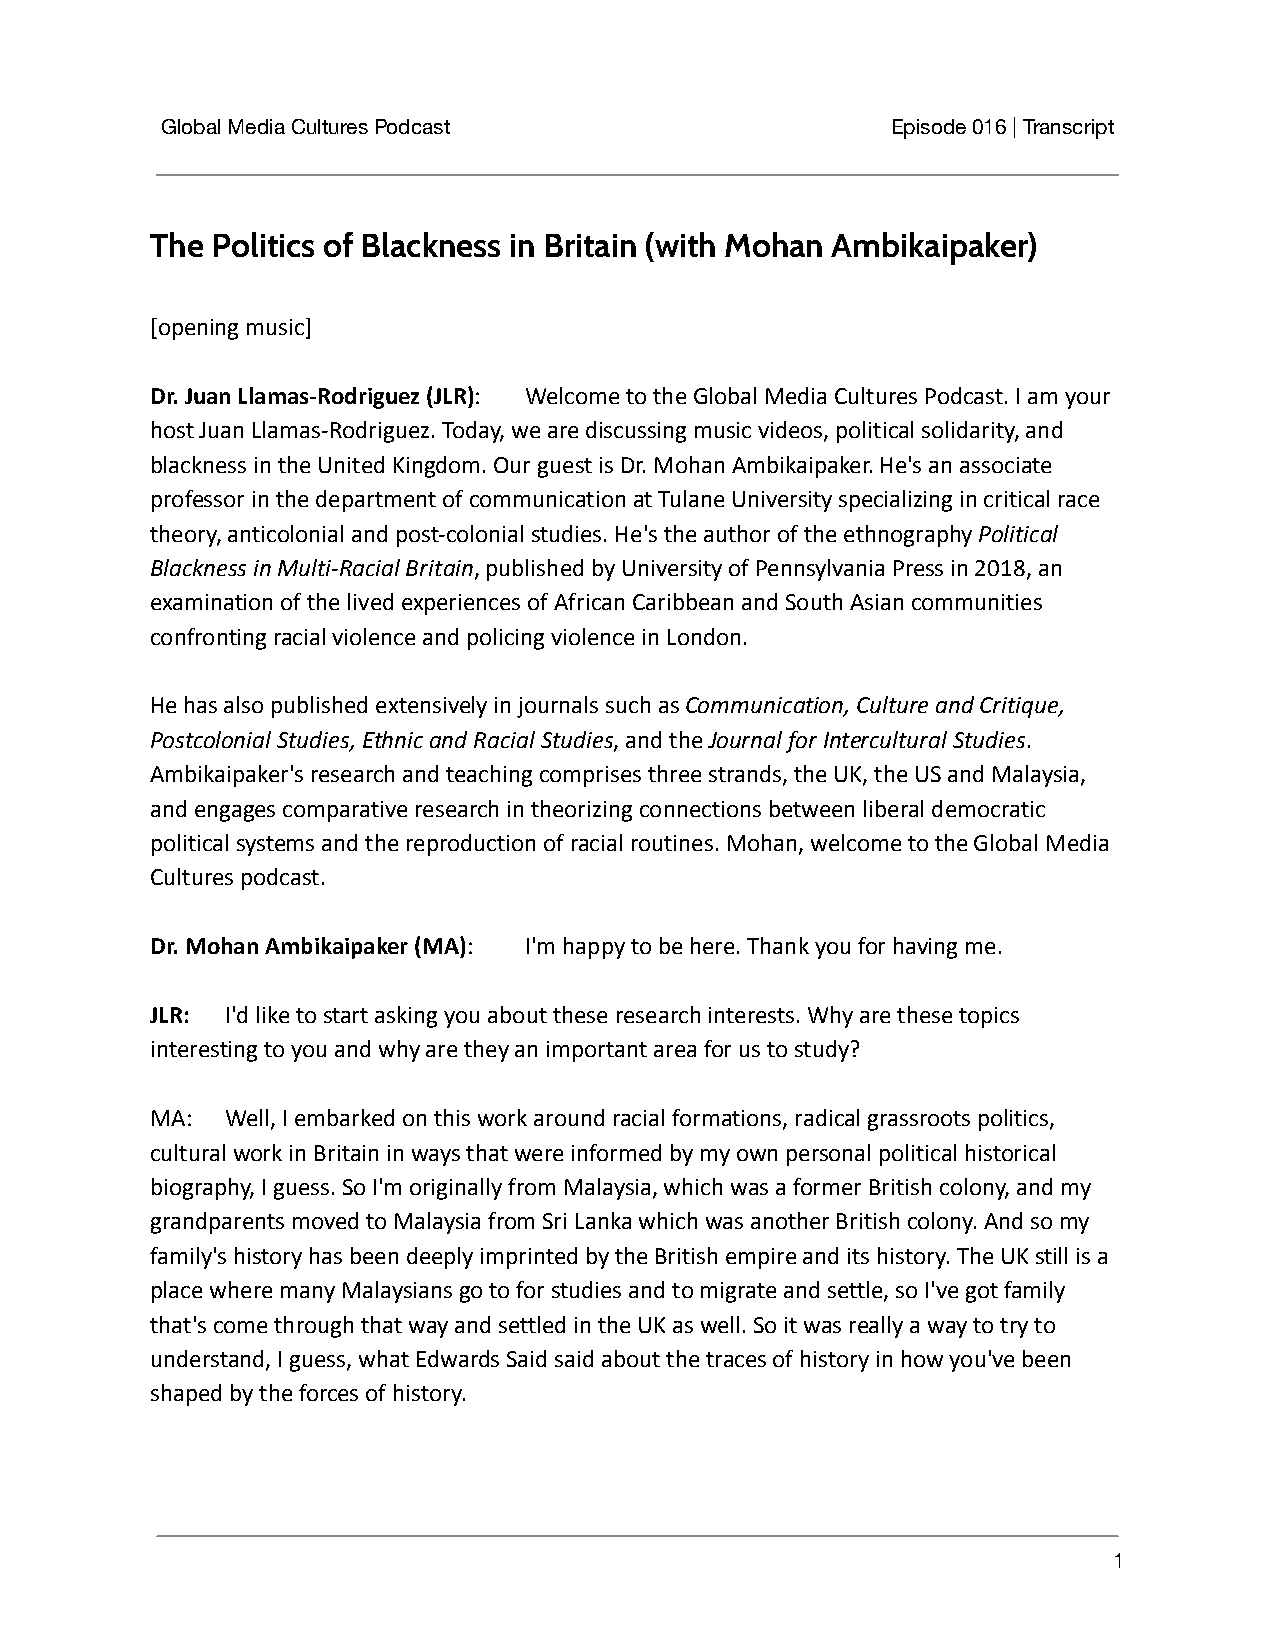
Global Media Cultures Podcast                   Episode 016 | Transcript
 The Politics of Blackness in Britain (with Mohan Ambikaipaker)
 [opening music]
 Dr. Juan Llamas-Rodriguez (JLR): Welcome to theGlobal Media Cultures Podcast. I am your
 host Juan Llamas-Rodriguez. Today, we are discussing music videos, political solidarity, and
 blackness in the United Kingdom. Our guest is Dr. Mohan Ambikaipaker. He's an associate
 professor in the department of communication at Tulane University specializing in critical race
 theory, anticolonial and post-colonial studies. He's the author of the ethnographyPolitical
 Blackness in Multi-Racial Britain, published by Universityof Pennsylvania Press in 2018, an
 examination of the lived experiences of African Caribbean and South Asian communities
 confronting racial violence and policing violence in London.
 He has also published extensively in journals such asCommunication, Culture and Critique,
 Postcolonial Studies, Ethnic and Racial Studies, andtheJournal for Intercultural Studies.
 Ambikaipaker's research and teaching comprises three strands, the UK, the US and Malaysia,
 and engages comparative research in theorizing connections between liberal democratic
 political systems and the reproduction of racial routines. Mohan, welcome to the Global Media
 Cultures podcast.
 Dr. Mohan Ambikaipaker (MA): I'm happy to be here.Thank you for having me.
 JLR: I'd like to start asking you about these researchinterests. Why are these topics
 interesting to you and why are they an important area for us to study?
 MA:  Well, I embarked on this work around racial formations, radical grassroots politics,
 cultural work in Britain in ways that were informed by my own personal political historical
 biography, I guess. So I'm originally from Malaysia, which was a former British colony, and my
 grandparents moved to Malaysia from Sri Lanka which was another British colony. And so my
 family's history has been deeply imprinted by the British empire and its history. The UK still is a
 place where many Malaysians go to for studies and to migrate and settle, so I've got family
 that's come through that way and settled in the UK as well. So it was really a way to try to
 understand, I guess, what Edwards Said said about the traces of history in how you've been
 shaped by the forces of history.
 1